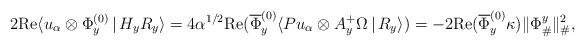
LaTeX: \begin{align*}2 \mathrm{Re} \langle u_{\alpha}\otimes \Phi_y^{(0)} \,|\, H_y R_y \rangle = 4 \alpha^{1/2}\mathrm{Re} (\overline{\Phi}^{(0)}_y\langle P u_{\alpha}\otimes A^+_y \Omega \,|\, R_y \rangle) = -2 \mathrm{Re} (\overline{\Phi}^{(0)}_y\kappa)\|\Phi_{\#}^y\|^2_{\#},\end{align*}